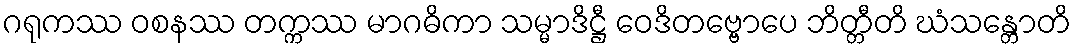
ဂရုကဿ ဝစနဿ တက္ကဿ မာဂဓိကာ သမ္မာဒိဋ္ဌီ ဝေဒိတဗ္ဗောပေ ဘိတ္တီတိ ဃံသန္တောတိ